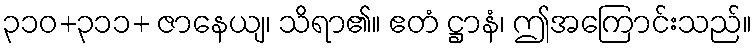
၃၁၀+၃၁၁+ ဇာနေယျ၊ သိရာ၏။ ဧတံ ဋ္ဌာနံ၊ ဤအကြောင်းသည်။